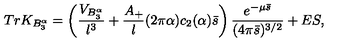
T r K _ { B _ { 3 } ^ { \alpha } } = \left( { \frac { V _ { B _ { 3 } ^ { \alpha } } } { l ^ { 3 } } } + { \frac { A _ { + } } { l } } ( 2 \pi \alpha ) c _ { 2 } ( \alpha ) \bar { s } \right) { \frac { e ^ { - \mu \bar { s } } } { ( 4 \pi \bar { s } ) ^ { 3 / 2 } } } + E S ,